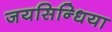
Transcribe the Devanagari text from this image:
जयसिन्धिया